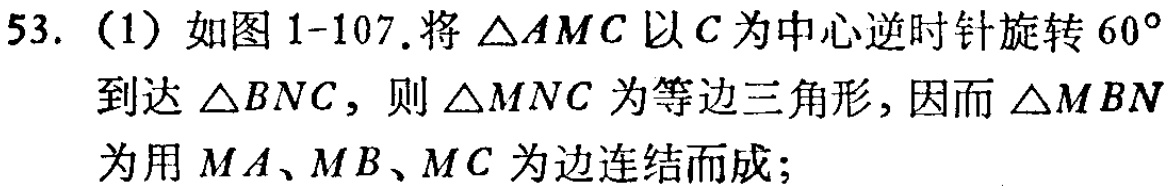
53. (1) 如图1-107.将\(\triangle AMC\)以\(C\)为中心逆时针旋转\(60^{\circ}\)到达\(\triangle BNC\)，则\(\triangle MNC\)为等边三角形，因而\(\triangle MBN\)为用\(MA\)、\(MB\)、\(MC\)为边连结而成;